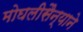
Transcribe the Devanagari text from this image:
मोघलीसैन्याने